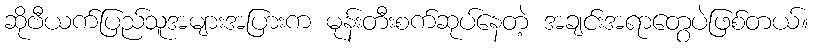
ဆိုဗီယက်ပြည်သူအများအပြားက မုန်းတီးစက်ဆုပ်နေတဲ့ အချင်းအရာတွေပဲဖြစ်တယ်။